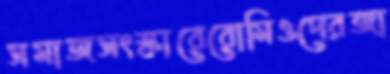
সমাজসংস্কারেরোমিওদেরজা